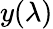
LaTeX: y(\lambda)